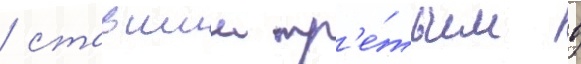
/ ставшии тр'е́тьим в